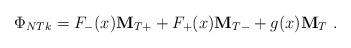
LaTeX: \begin{align*}\Phi_{NTk} = F_- (x) {\bf M}_{T+} + F_+ (x) {\bf M}_{T-} + g(x) {\bf M}_T \ .\end{align*}